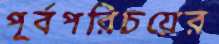
পূর্বপরিচয়ের